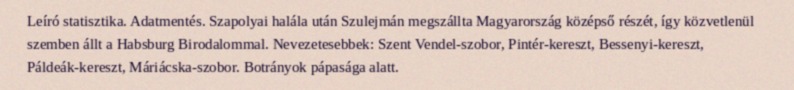
Leíró statisztika. Adatmentés. Szapolyai halála után Szulejmán megszállta Magyarország középső részét, így közvetlenül szemben állt a Habsburg Birodalommal. Nevezetesebbek: Szent Vendel-szobor, Pintér-kereszt, Bessenyi-kereszt, Páldeák-kereszt, Máriácska-szobor. Botrányok pápasága alatt.